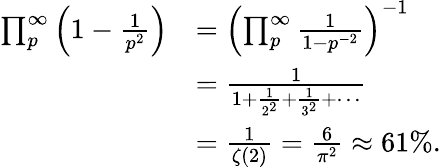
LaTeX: {\begin{array}{rl}{\prod_{p}^{\infty}\left(1-{\frac{1}{p^{2}}}\right)}&{=\left(\prod_{p}^{\infty}{\frac{1}{1-p^{-2}}}\right)^{-1}}\\ &{={\frac{1}{1+{\frac{1}{2^{2}}}+{\frac{1}{3^{2}}}+\cdots}}}\\ &{={\frac{1}{\zeta(2)}}={\frac{6}{\pi^{2}}}\approx 61\% .}\end{array}}